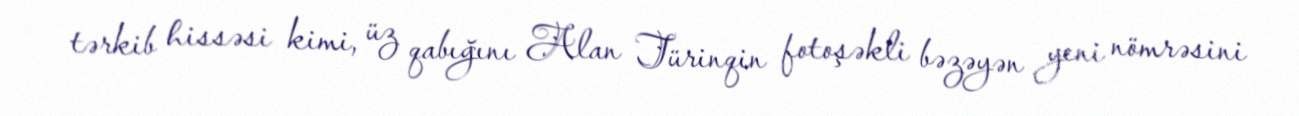
tərkib hissəsi kimi, üz qabığını Alan Türinqin fotoşəkli bəzəyən yeni nömrəsini